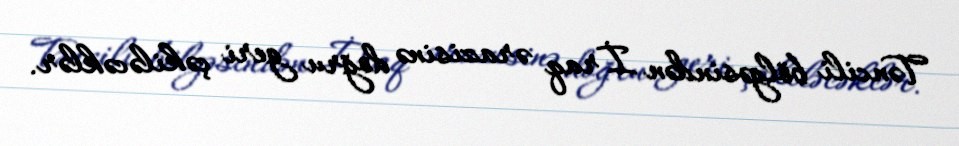
Təncili bölgəsindən İraq ərazisinə doğru geri çəkiləcəklər.